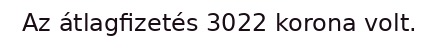
Az átlagfizetés 3022 korona volt.